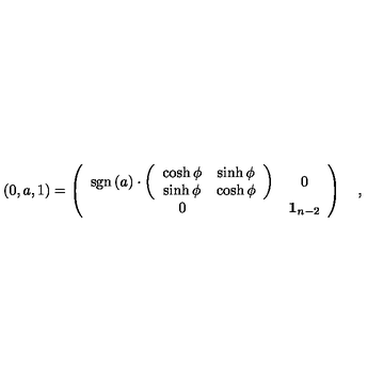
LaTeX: \left( 0 , a , 1 \right) = \left( \begin{array} { c c } { \mathrm { s g n } \left( a \right) \cdot \left( \begin{array} { c c } { \cosh \phi } & { \sinh \phi } \\ { \sinh \phi } & { \cosh \phi } \\ \end{array} \right) } & { 0 } \\ { 0 } & { { \bf 1 } _ { n - 2 } } \\ \end{array} \right) \quad ,